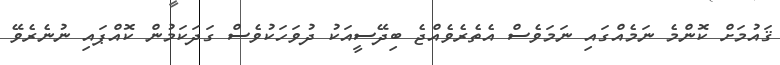
ޤައުމަށް ކޮންމެ ނަމެއްގައި ނަމަވެސް އެތެރެވެއްޖެ ބިދޭސީއަކު ދުވަހަކުވެސް ގަދަކަމުން ކޮއްޕައި ނުނެރެވޭ